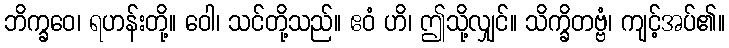
ဘိက္ခဝေ၊ ရဟန်းတို့။ ဝေါ၊ သင်တို့သည်။ ဧဝံ ဟိ၊ ဤသို့လျှင်။ သိက္ခိတဗ္ဗံ၊ ကျင့်အပ်၏။